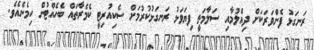
ރަނގަޅު ފެންވަރަކަށް ދިއްލުމާއި ސަލާމަތީ ފިޔަވަޅު ރަނގަޅުކުރުމަށް ސެކިއުރިޓީ ކެމެރާތައް ބެހެއްޓުން ހިމެނެއެވެ.